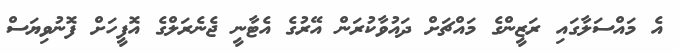
އެ މައްސަލާގައި ރަޒީންގެ މައްޗަށް ދައުވާކުރަން އޭރުގެ އެޓާނީ ޖެނެރަލްގެ އޮފީހަށް ފޮނުވިޔަސް